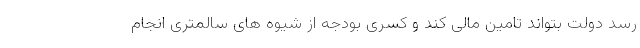
رسد دولت بتواند تامین مالی کند و کسری بودجه از شیوه های سالمتری انجام